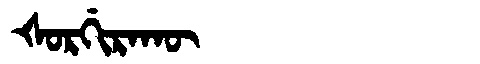
Manchu: ᡧᠣᡵᡤᡳᡵᠠᡴᡡ
Romanization: ŠORGIRAKŪ